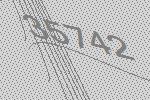
35742